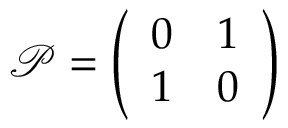
\mathcal { P } = \left( \begin{array} { c c } { { 0 } } & { { 1 } } \\ { { 1 } } & { { 0 } } \end{array} \right)